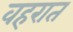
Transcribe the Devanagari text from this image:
वहरात